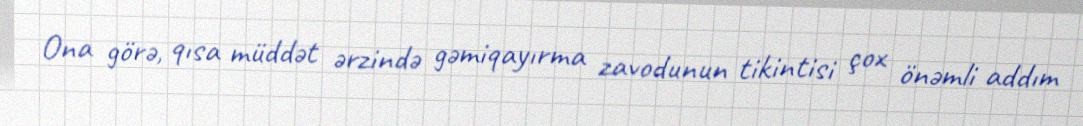
Ona görə, qısa müddət ərzində gəmiqayırma zavodunun tikintisi çox önəmli addım